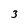
Character: 3